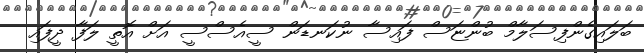
ބަލައިގެންފިސަލާމް ބުންޏަސް ފައިސާ ނުކަނޑަން ސީއެސްސީ އަށް އޮތީ ލަފާ ދީފައި